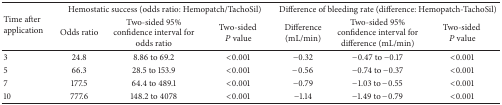
| <ROWSPAN=2> Time after application | <COLSPAN=3> Hemostatic success (odds ratio: Hemopatch/TachoSil) | <COLSPAN=3> Difference of bleeding rate (difference: Hemopatch-TachoSil) |
 | Odds ratio | Two-sided 95% confidence interval for odds ratio | Two-sided P value | Difference (mL/min) | Two-sided 95% confidence interval for difference (mL/min) | Two-sided P value |
 | --- | --- | --- | --- | --- | --- | --- |
 | 3 | 24.8 | 8.86 to 69.2 | <0.001 | −0.32 | −0.47 to −0.17 | <0.001 |
 | 5 | 66.3 | 28.5 to 153.9 | <0.001 | −0.56 | −0.74 to −0.37 | <0.001 |
 | 7 | 177.5 | 64.4 to 489.1 | <0.001 | −0.79 | −1.03 to −0.55 | <0.001 |
 | 10 | 777.6 | 148.2 to 4078 | <0.001 | −1.14 | −1.49 to −0.79 | <0.001 |